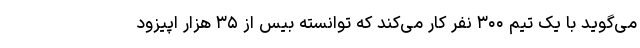
می‌گوید با یک تیم ۳۰۰ نفر کار می‌کند که توانسته بیس از ۳۵ هزار اپیزود